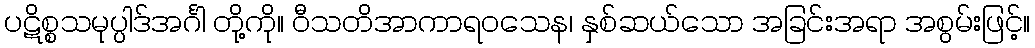
ပဋိစ္စသမုပ္ပါဒ်အင်္ဂါ တို့ကို။ ဝီသတိအာကာရဝသေန၊ နှစ်ဆယ်သော အခြင်းအရာ အစွမ်းဖြင့်။